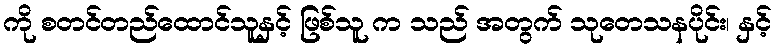
ကို စတင်တည်ထောင်သူနှင့် ဖြစ်သူ က သည် အတွက် သုတေသနပိုင်း၊ နှင့်